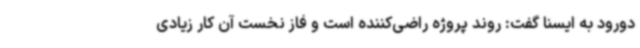
دورود به ایسنا گفت: روند پروژه راضی‌کننده است و فاز نخست آن کار زیادی